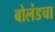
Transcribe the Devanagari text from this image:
बोलंडचा